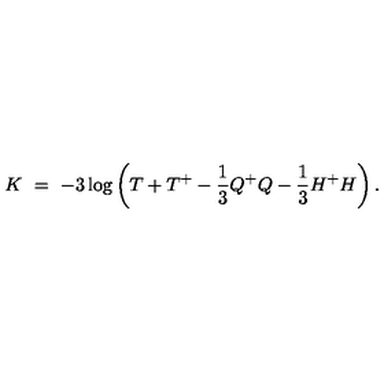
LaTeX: K \ = \ - 3 \log \left( T + T ^ { + } - \frac { 1 } { 3 } Q ^ { + } Q - \frac { 1 } { 3 } H ^ { + } H \right) .